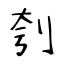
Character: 刳